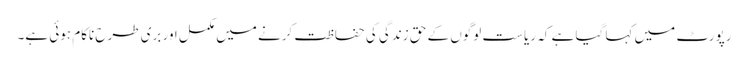
رپورٹ میں کہا گیا ہے کہ ریاست لوگوں کے حق زندگی کی حفاظت کرنے میں مکمل اور بری طرح ناکام ہوئی ہے۔